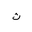
Letter: _tha